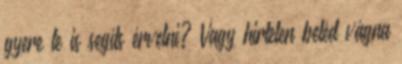
gyere te is segíts érvelni? Vagy hirtelen beléd vágna